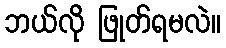
ဘယ်လို ဖြုတ်ရမလဲ။